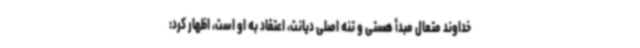
خداوند متعال مبدأ هستی و تنه اصلی دیانت، اعتقاد به او است، اظهار کرد: